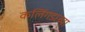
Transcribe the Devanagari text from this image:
कलिंगडाच्या